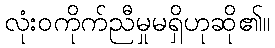
လုံးဝကိုက်ညီမှုမရှိဟုဆို၏။